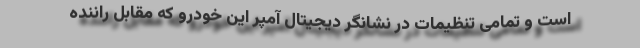
است و تمامی تنظیمات در نشانگر دیجیتال آمپر این خودرو که مقابل راننده